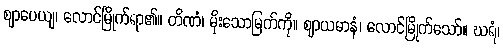
ဈာပေယျ၊ လောင်မြိုက်ရာ၏။ တိဏံ၊ မိုးသောမြက်ကို။ ဈာယမာနံ၊ လောင်မြိုက်သော်။ ဃရံ၊